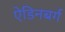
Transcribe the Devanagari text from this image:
ऐडिनबर्ग